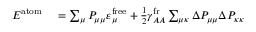
\begin{array} { r l } { E ^ { \mathrm { a t o m } } } & { { } = \sum _ { \mu } P _ { \mu \mu } \varepsilon _ { \mu } ^ { \mathrm { f r e e } } + \frac { 1 } { 2 } \gamma _ { A A } ^ { \mathrm { f r } } \sum _ { \mu \kappa } \Delta P _ { \mu \mu } \Delta P _ { \kappa \kappa } } \end{array}